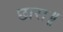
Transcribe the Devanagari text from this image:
छारा॥